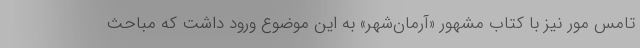
تامس مور نیز با کتاب مشهور «آرمان‌شهر» به این موضوع ورود داشت که مباحث